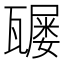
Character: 𤮒